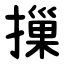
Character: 摷